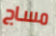
مساج